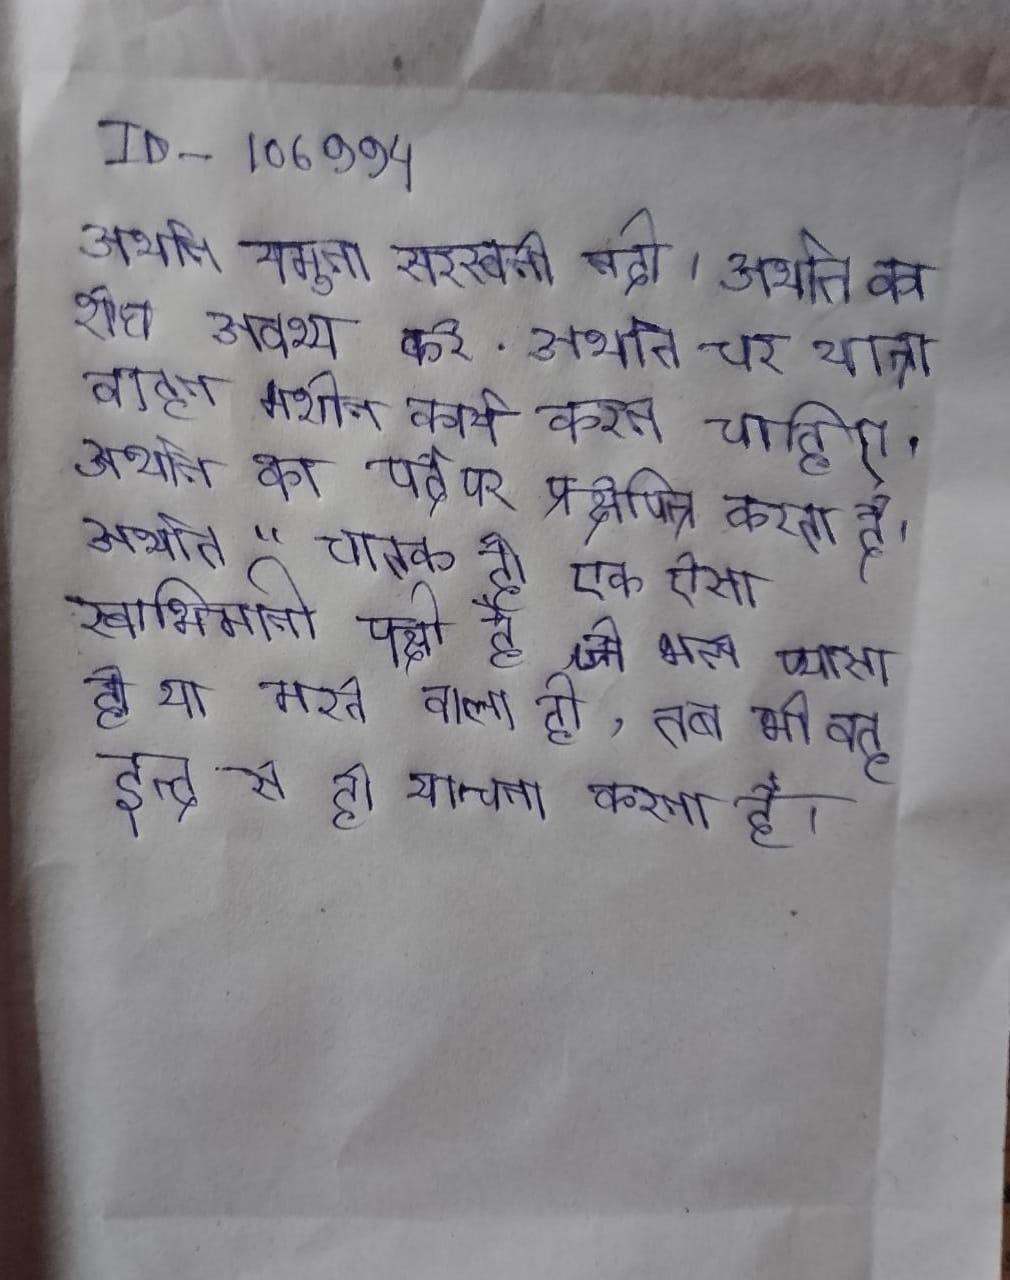
अर्थात यमुना सरस्वती नदी । अर्थात का शोध अवश्य करे . अर्थात चर यात्रा वाहन मशीन कार्य करने चाहिए । अर्थात को पर्दे पर प्रक्षेपित्र करता है । अर्थात "चातक ही एक ऐसा स्वाभिमानी पक्षी है, जो भले प्यासा हो या मरने वाला हो, तब भी वह इन्द्र से ही याचना करता है ।